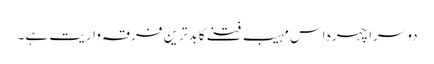
دوسرا چہرہ اس مہیب فتنے کا بدترین فرقہ واریت ہے۔